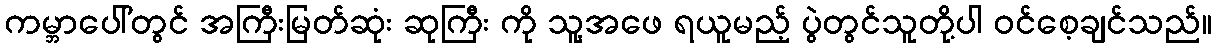
ကမ္ဘာပေါ်တွင် အကြီးမြတ်ဆုံး ဆုကြီး ကို သူ့အဖေ ရယူမည့် ပွဲတွင်သူတို့ပါ ဝင်စေ့ချင်သည်။